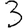
Digit: 3